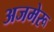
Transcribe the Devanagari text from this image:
अजमेरू